Annual report on the Civil Veterinary Department, Burma (including the Insein Veterinary School) - 1932-1941
Year: 1932
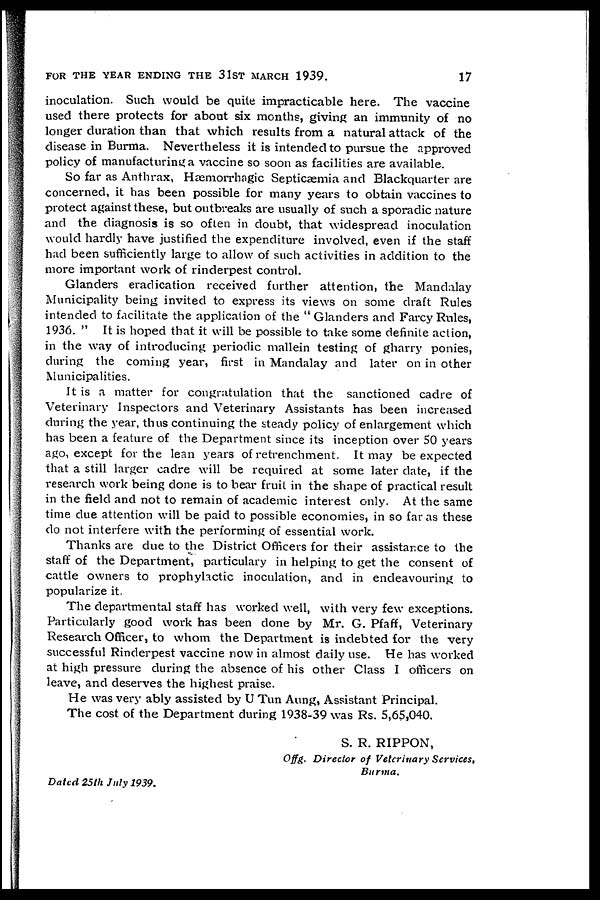
FOR THE YEAR ENDING THE 31ST MARCH 1939.
17
inoculation. Such would be quite impracticable here. The vaccine
used there protects for about six months, giving an immunity of no
longer duration than that which results from a natural attack of the
disease in Burma. Nevertheless it is intended to pursue the approved
policy of manufacturing a vaccine so soon as facilities are available.
So far as Anthrax, Hæmorrhagic Septicæmia and Blackquarter are
concerned, it has been possible for many years to obtain vaccines to
protect against these, but outbreaks are usually of such a sporadic nature
and the diagnosis is so often in doubt, that widespread inoculation
would hardly have justified the expenditure involved, even if the staff
had been sufficiently large to allow of such activities in addition to the
more important work of rinderpest control.
Glanders eradication received further attention, the Mandalay
Municipality being invited to express its views on some draft Rules
intended to facilitate the application of the " Glanders and Farcy Rules,
1936. " It is hoped that it will be possible to take some definite action,
in the way of introducing periodic mallein testing of gharry ponies,
during the coming year, first in Mandalay and later on in other
Municipalities.
It is a matter for congratulation that the sanctioned cadre of
Veterinary Inspectors and Veterinary Assistants has been increased
during the year, thus continuing the steady policy of enlargement which
has been a feature of the Department since its inception over 50 years
ago, except for the lean years of retrenchment. It may be expected
that a still larger cadre will be required at some later date, if the
research work being done is to bear fruit in the shape of practical result
in the field and not to remain of academic interest only. At the same
time due attention will be paid to possible economies, in so far as these
do not interfere with the performing of essential work.
Thanks are due to the District Officers for their assistance to the
staff of the Department, particulary in helping to get the consent of
cattle owners to prophylactic inoculation, and in endeavouring to
popularize it
The departmental staff has worked well, with very few exceptions.
Particularly good work has been done by Mr. G. Pfaff, Veterinary
Research Officer, to whom the Department is indebted for the very
successful Rinderpest vaccine now in almost daily use. He has worked
at high pressure during the absence of his other Class I officers on
leave, and deserves the highest praise.
He was very ably assisted by U Tun Aung, Assistant Principal.
The cost of the Department during 1938-39 was Rs. 5,65,040.
S. R. RIPPON,
Offg. Director of Veterinary Services,
Burma.
Dated 25th July 1939.